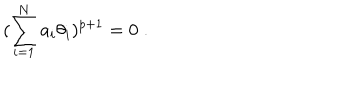
( \sum _ { i = 1 } ^ { N } a _ { i } \theta _ { i } ) ^ { p + 1 } = 0 \; .